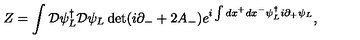
Z = \int { \cal D } \psi _ { L } ^ { \dagger } { \cal D } \psi _ { L } \det ( i \partial _ { - } + 2 A _ { - } ) e ^ { i \int d x ^ { + } d x ^ { - } \psi _ { L } ^ { \dagger } i \partial _ { + } \psi _ { L } } ,